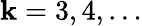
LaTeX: \mathbf{k}=3,4,\dots